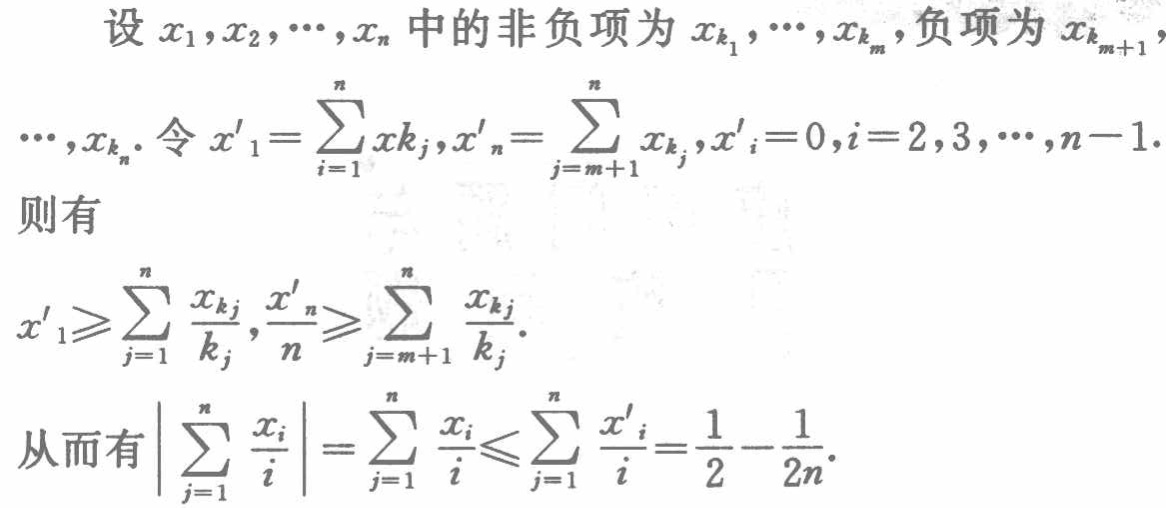
设 \(x_1,x_2,\cdots,x_n\) 中的非负项为 \(x_{k_1},\cdots,x_{k_m}\)，负项为 \(x_{k_{m + 1}},\)

\(\cdots,x_{k_n}\). 令 \(x'_1=\sum_{i = 1}^{n}x_{k_j},x'_n=\sum_{j = m + 1}^{n}x_{k_j},x'_i = 0,i = 2,3,\cdots,n - 1\).

则有

\(x'_1\geqslant\sum_{j = 1}^{n}\frac{x_{k_j}}{k_j},\frac{x'_n}{n}\geqslant\sum_{j = m + 1}^{n}\frac{x_{k_j}}{k_j}\).

从而有\(\left|\sum_{j = 1}^{n}\frac{x_i}{i}\right|=\sum_{j = 1}^{n}\frac{x_i}{i}\leqslant\sum_{j = 1}^{n}\frac{x'_i}{i}=\frac{1}{2}-\frac{1}{2n}\).